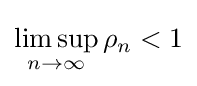
\limsup _{n\to \infty }\rho _{n}<1